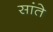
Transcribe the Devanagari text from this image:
सांते